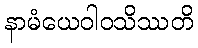
နာမံယေဝါဝသိဿတိ